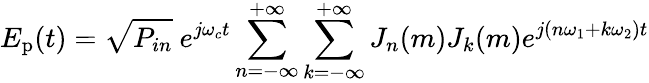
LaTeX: E_{\mathrm{p}}(t)=\sqrt{P_{in}}\ e^{j\omega_{c}t}\sum_{n=-\infty}^{+\infty}\sum_{k=-\infty}^{+\infty}J_{n}(m)J_{k}(m)e^{j(n\omega_{1}+k\omega_{2})t}